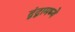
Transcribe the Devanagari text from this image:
द्वंद्वामध्ये